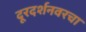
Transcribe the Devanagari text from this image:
दूरदर्शनवरचा